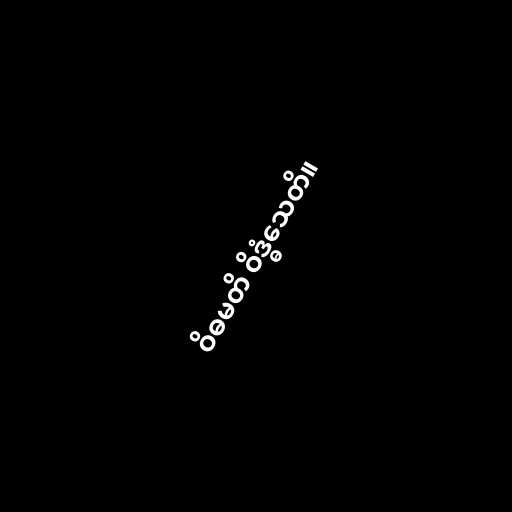
ဝိဓမတိ ဝိဒ္ဓံသေတိ။